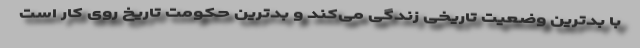
با بدترین وضعیت تاریخی زندگی می‌کند و بدترین حکومت تاریخ روی کار است